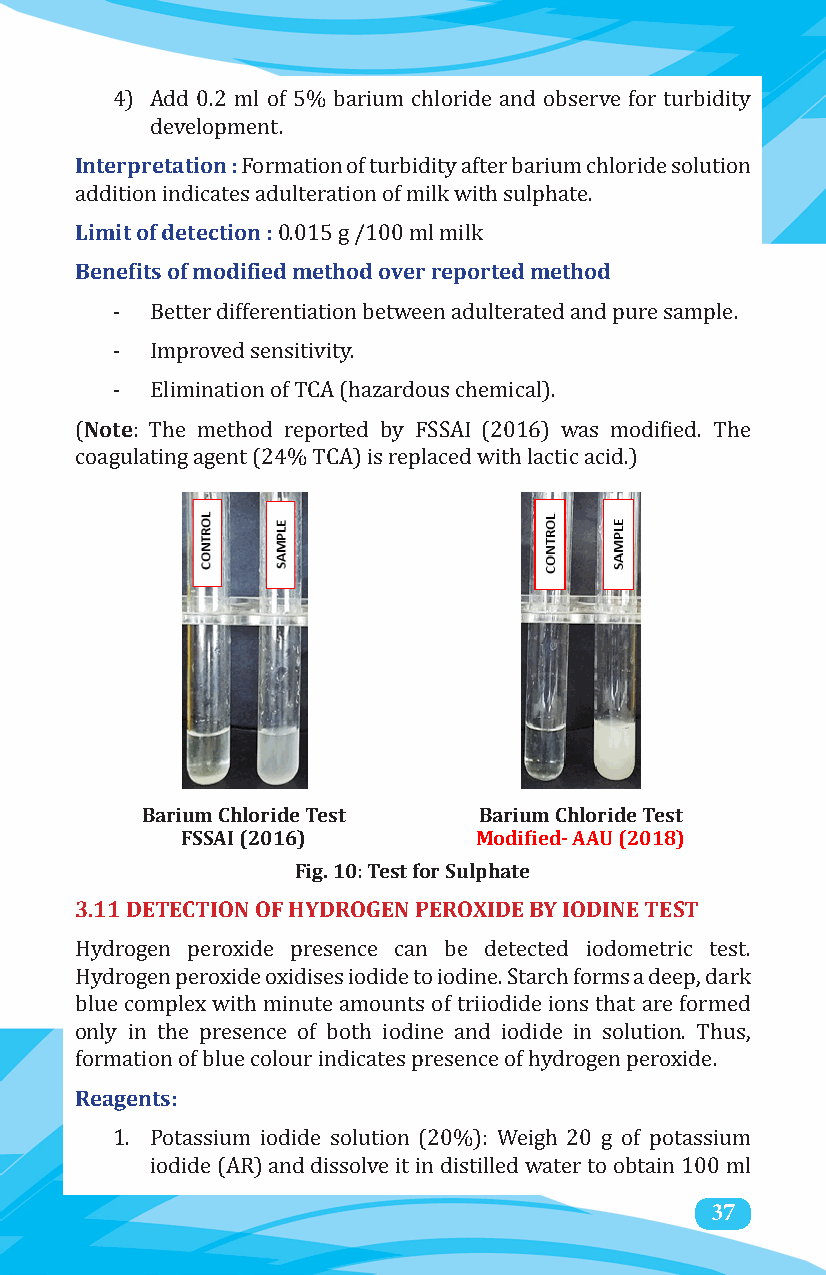
4) Add 0.2 ml of 5% barium chloride and observe for turbidity
 Interpretation :
 development.
 Formation of turbidity after barium chloride solution
 Limit of detection :
 addition indicates adulteration of milk with sulphate.
 Benefits of modified method over reported method
 0.015 g /100 ml milk
 -  Better differentiation between adulterated and pure sample.
 -  Improved sensitivity.
 Note
 -  Elimination of TCA (hazardous chemical).
 (   : The method reported by FSSAI (2016) was modified. The
 coagulating agent (24% TCA) is replaced with lactic acid.)
 Barium Chloride Test   Barium Chloride Test
 FSSAI (2016)       Modified- AAU (2018)
 Fig. 10: Test for Sulphate
 3.11 DETECTION OF HYDROGEN PEROXIDE BY IODINE TEST
 Hydrogen peroxide presence can be detected iodometric test.
 Hydrogen peroxide oxidises iodide to iodine. Starch forms a deep, dark
 blue complex with minute amounts of triiodide ions that are formed
 only in the presence of both iodine and iodide in solution. Thus,
 Reagents:
 formation of blue colour indicates presence of hydrogen peroxide.
 1. Potassium iodide solution (20%): Weigh 20 g of potassium
 iodide (AR) and dissolve it in distilled water to obtain 1003 7ml